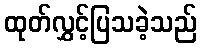
ထုတ်လွှင့်ပြသခဲ့သည်